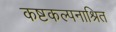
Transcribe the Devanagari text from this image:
कष्टकल्पनाश्रित